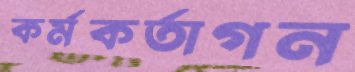
কর্মকর্তাগন